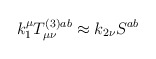
\begin{align*}k_1^\mu T_{\mu \nu }^{(3)ab}\approx k_{2\nu }S^{ab}\end{align*}